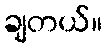
ချတယ်။